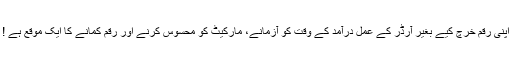
اپنی رقم خرچ کیے بغیر آرڈر کے عمل درآمد کے وقت کو آزمانے، مارکیٹ کو محسوس کرنے اور رقم کمانے کا ایک موقع ہے !